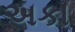
અકા